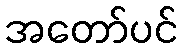
အတော်ပင်